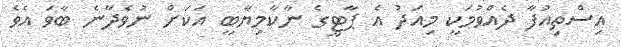
އިސްތިއުފާ ދެއްވުމަކީ މިއަދު އެ ޕާޓީގެ ނާކާމިޔާބީ އަކަށް ނުވެދާނެ ބާވަ އެވެ